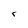
Character: r